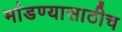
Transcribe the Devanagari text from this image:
मांडण्यासाठीच